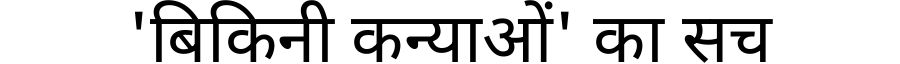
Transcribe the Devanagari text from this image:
'बिकिनी कन्याओं' का सच